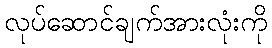
လုပ်ဆောင်ချက်အားလုံးကို